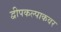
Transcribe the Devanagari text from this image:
द्वीपकल्पाकवर